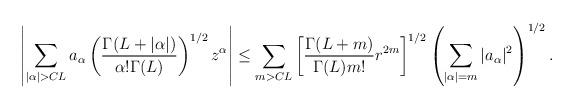
LaTeX: \begin{align*}\left|\sum_{|\alpha|>CL}a_{\alpha}\left(\frac{\Gamma(L+|\alpha|)}{\alpha!\Gamma(L)}\right)^{1/2}z^{\alpha}\right| & \leq \sum_{m>CL}\left[\frac{\Gamma(L+m)}{\Gamma(L)m!}r^{2m}\right]^{1/2}\left(\sum_{|\alpha|=m}|a_{\alpha}|^2\right)^{1/2} .\end{align*}